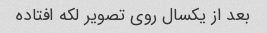
بعد از یکسال روی تصویر لکه افتاده